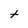
Character: t